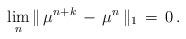
LaTeX: \begin{align*}\lim_n \|\,\mu^{n+k} \, -\, \mu^n\,\|_{1} \, =\,0\,.\end{align*}